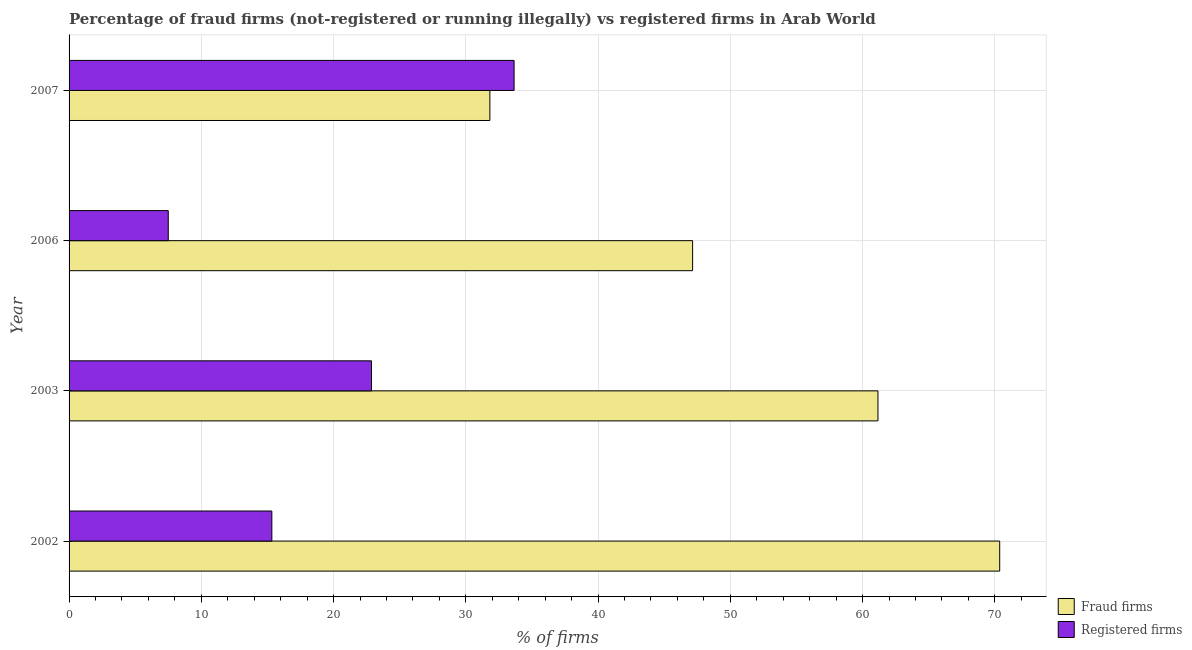
| Year | Fraud firms | Registered firms |
 | --- | --- | --- |
 | 2002 | 70.4 | 15.3 |
 | 2003 | 61.2 | 22.9 |
 | 2006 | 47.1 | 7.5 |
 | 2007 | 31.8 | 33.6 |